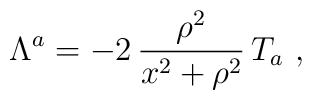
\Lambda^a = - 2 \, \frac{\rho^2}{x^2+\rho^2} \, T_a \ ,